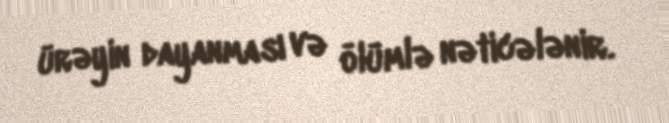
ürəyin dayanması və ölümlə nəticələnir.